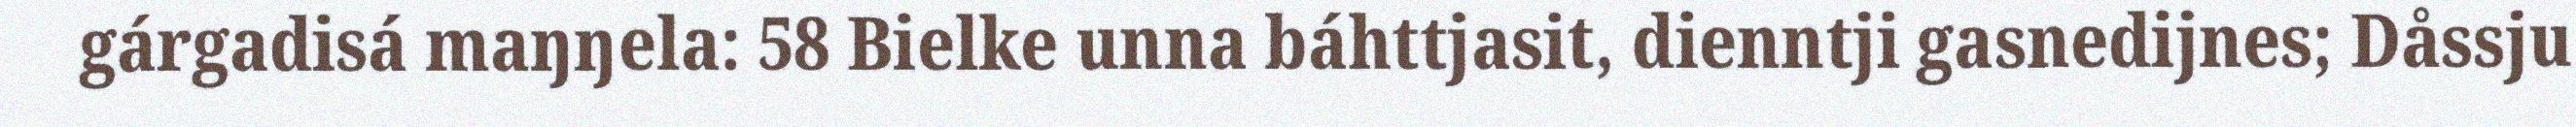
gárgadisá maŋŋela: 58 Bielke unna báhttjasit, dienntji gasnedijnes; Dåssju